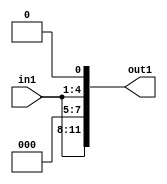
`timescale 1ps / 1ps

// Generated by Cadence Genus(TM) Synthesis Solution 17.11-s014_1
// Generated on: May  5 2021 00:33:06 CST (May  4 2021 16:33:06 UTC)

module DC_Filter_Mul_12U_81_4(in1, out1);
  input [3:0] in1;
  output [11:0] out1;
  wire [3:0] in1;
  wire [11:0] out1;
  assign out1[0] = 1'b0;
  assign out1[1] = in1[0];
  assign out1[2] = in1[1];
  assign out1[3] = in1[2];
  assign out1[4] = in1[3];
  assign out1[5] = 1'b0;
  assign out1[6] = 1'b0;
  assign out1[7] = 1'b0;
  assign out1[8] = in1[0];
  assign out1[9] = in1[1];
  assign out1[10] = in1[2];
  assign out1[11] = in1[3];
endmodule